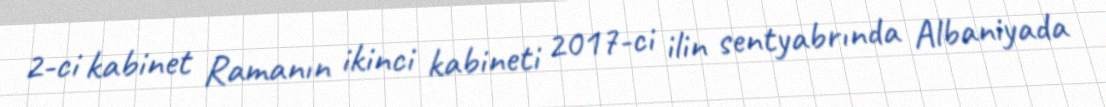
2-ci kabinet Ramanın ikinci kabineti 2017-ci ilin sentyabrında Albaniyada